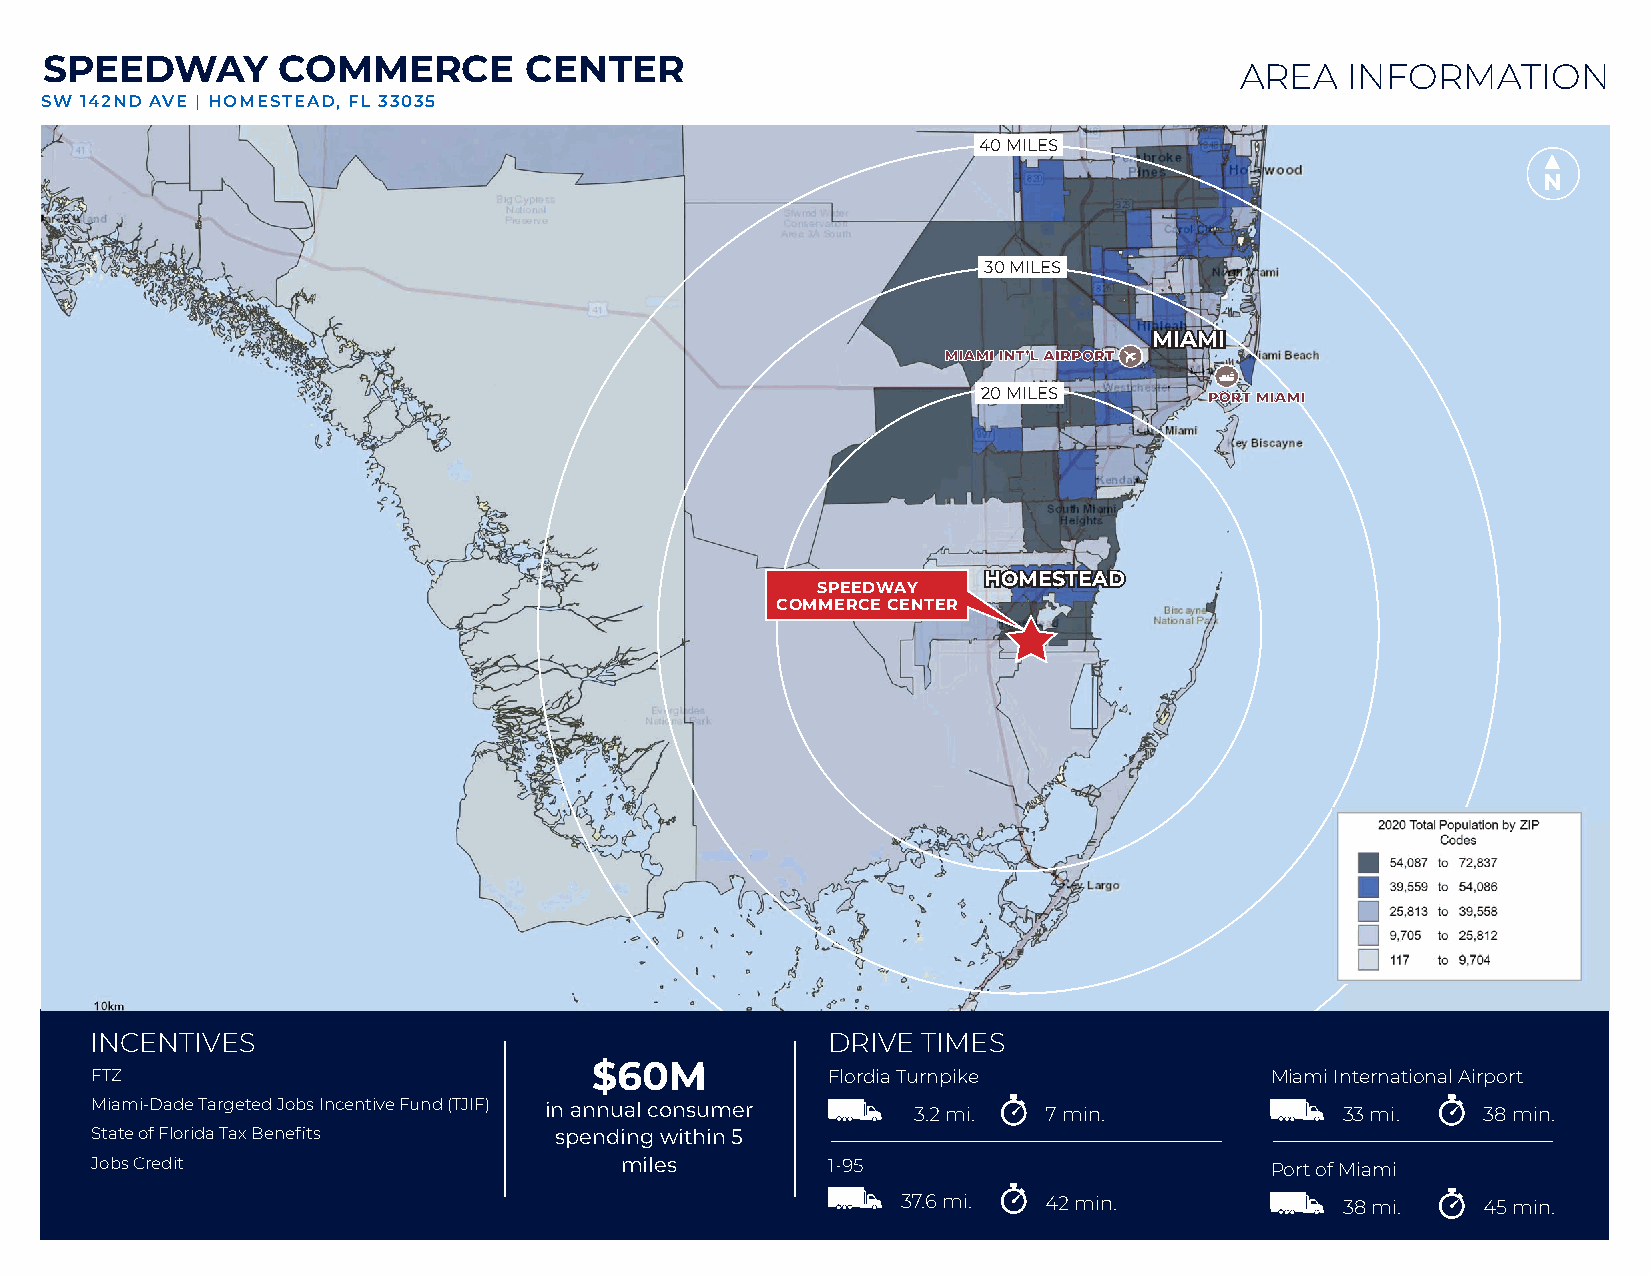
SPEEDWAY       COMMERCE         CENTER
 AREA   INFORMATION
 SW 142ND AVE | HOMESTEAD, FL 33035
 40 MILES
 N
 30 MILES
 MIAMI
 MIAMI INT’L AIRPORT
 20 MILES       PORT MIAMI
 HOMESTEAD
 SPEEDWAY
 COMMERCE CENTER
 INCENTIVES                                       DRIVE TIMES
 $60M
 FTZ                                              Flordia Turnpike             Miami International Airport
 Miami-Dade Targeted Jobs Incentive Fund (TJIF) in annual consumer 3.2 mi. 7 min.   33 mi.   38 min.
 State of Florida Tax Benefits  spending within 5
 Jobs Credit                        miles         1-95                         Port of Miami
 37.6 mi. 42 min.             38 mi.   45 min.